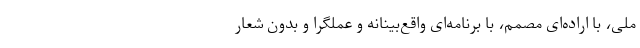
ملی، با اراده‌ای مصمم، با برنامه‌ای واقع‌بینانه و عملگرا و بدون شعار